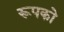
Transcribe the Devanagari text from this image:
रूपको